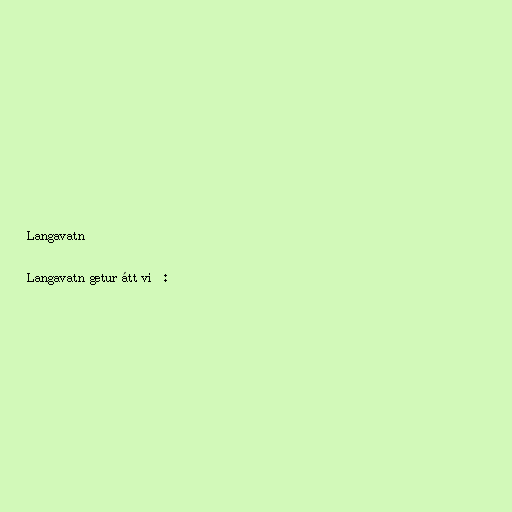
Langavatn

Langavatn getur átt við: